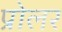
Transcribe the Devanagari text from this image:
प्रोलर